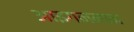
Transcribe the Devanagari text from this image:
आइगनमान